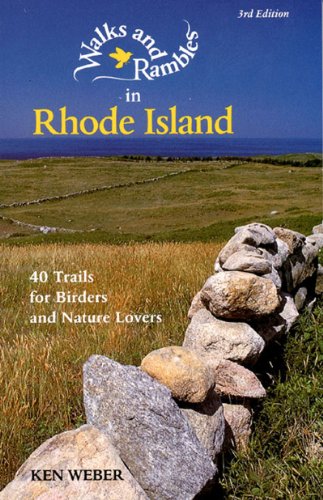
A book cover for Walks and Rambles in Rhode Island: 40 Trails for Birders and Nature Lovers; Ken Weber; Travel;